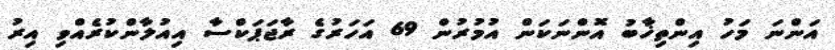
އަންނަ މަހު އިންތިޚާބު އޮންނަކަން އުމުރުން 69 އަހަރުގެ ރާޖަޕަކްސާ އިއުލާންކުރެއްވި އިރު